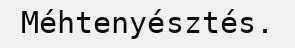
Méhtenyésztés.